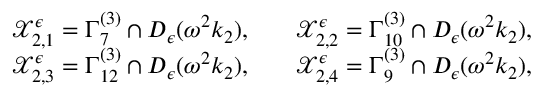
\begin{array} { r l r l } & { \mathcal { X } _ { 2 , 1 } ^ { \epsilon } = \Gamma _ { 7 } ^ { ( 3 ) } \cap D _ { \epsilon } ( \omega ^ { 2 } k _ { 2 } ) , } & & { \mathcal { X } _ { 2 , 2 } ^ { \epsilon } = \Gamma _ { 1 0 } ^ { ( 3 ) } \cap D _ { \epsilon } ( \omega ^ { 2 } k _ { 2 } ) , } \\ & { \mathcal { X } _ { 2 , 3 } ^ { \epsilon } = \Gamma _ { 1 2 } ^ { ( 3 ) } \cap D _ { \epsilon } ( \omega ^ { 2 } k _ { 2 } ) , } & & { \mathcal { X } _ { 2 , 4 } ^ { \epsilon } = \Gamma _ { 9 } ^ { ( 3 ) } \cap D _ { \epsilon } ( \omega ^ { 2 } k _ { 2 } ) , } \end{array}